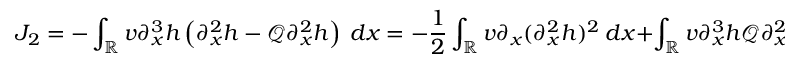
J _ { 2 } = - \int _ { \mathbb R } v \partial _ { x } ^ { 3 } h \left( \partial _ { x } ^ { 2 } h - \mathscr { Q } \partial _ { x } ^ { 2 } h \right) \ d x = - \frac { 1 } { 2 } \int _ { \mathbb R } v \partial _ { x } ( \partial _ { x } ^ { 2 } h ) ^ { 2 } \ d x + \int _ { \mathbb R } v \partial _ { x } ^ { 3 } h \mathscr { Q } \partial _ { x } ^ { 2 } h \ d x .